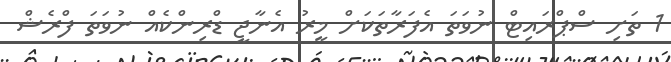
1 ތަށި ސްޕްރައިޓް ނުވަތަ އެފަރާތަކަށް މީރު އެނާޖީ ޑްރިންކެއް ނުވަތަ ފްރެޝް